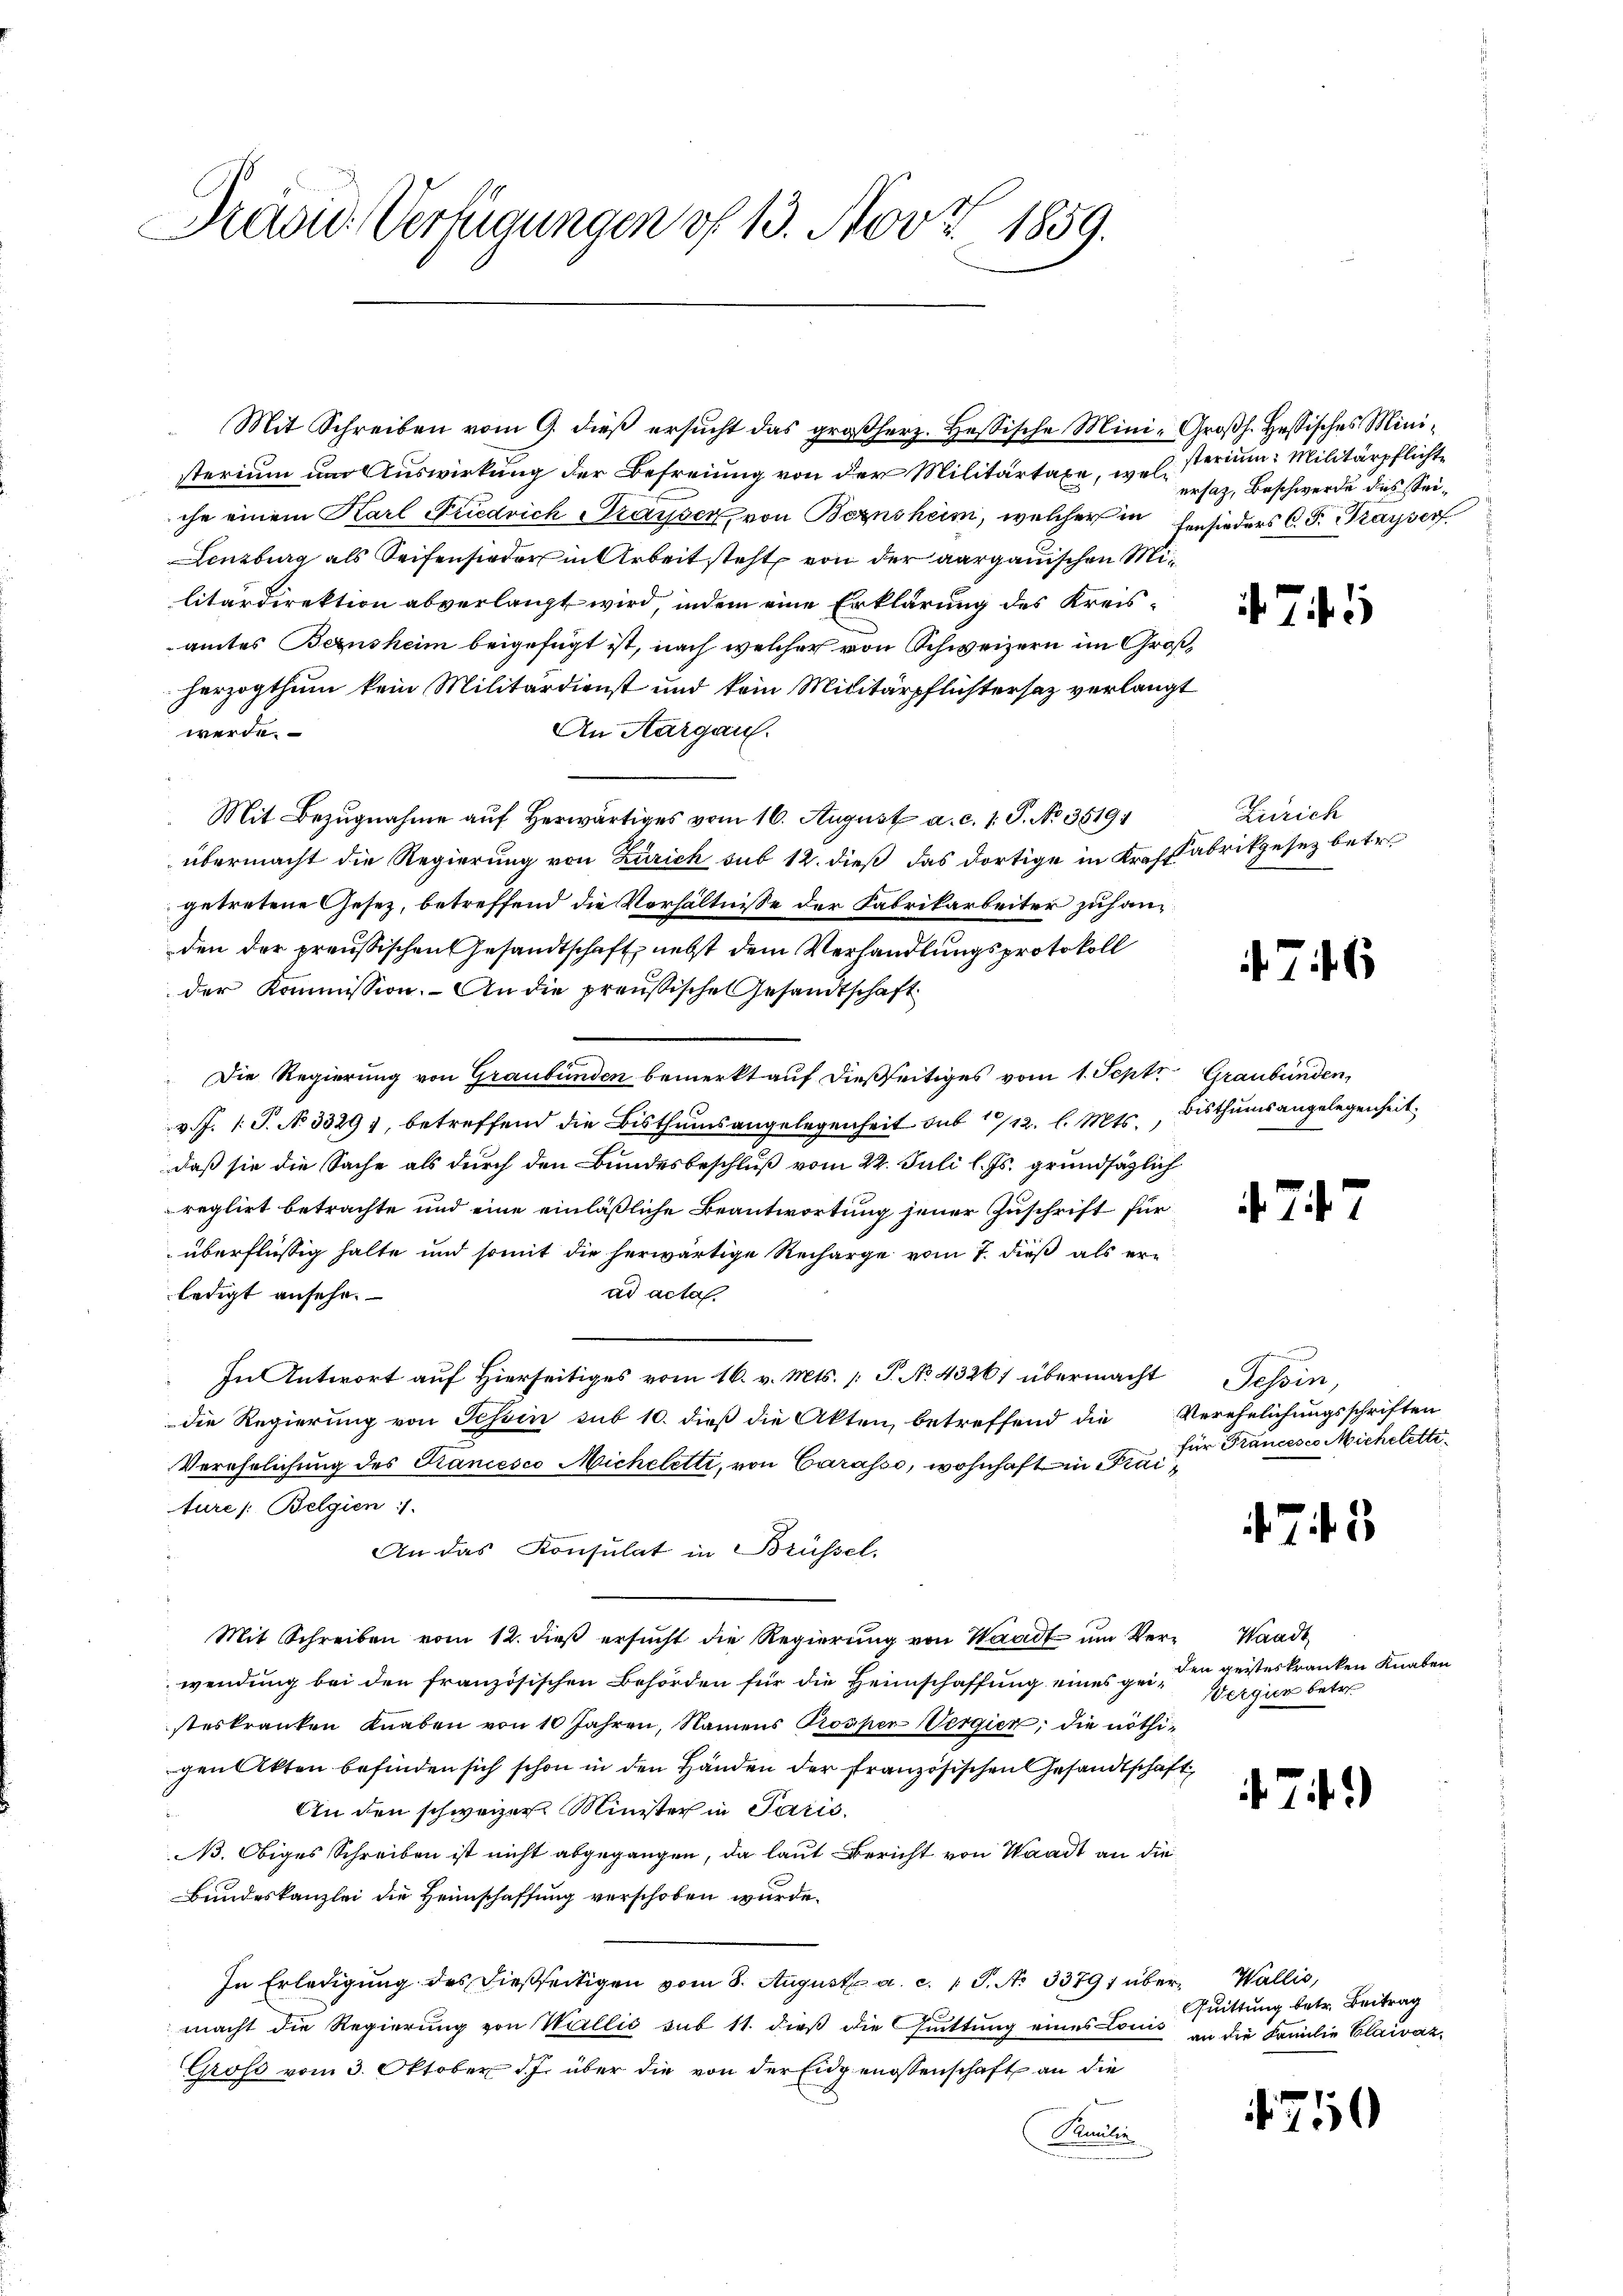
Das Verfügungen of 13. Nov. 1859.

Mit Schreiben vom 9. dieβ ersŭcht das großherz. Hessische Mini-Groβh. Heßisches Ministerium um Auswirkung der Befreiung von der Militärtaxe, welsterium Militärpflichte
che einem Karl Friedrich Srayser von Bernsheim, welcher in Hinsieders C. P. Trayserf
Lenzburg als Seifensieder in Arbeit steht von der aargauischen Militärdirektion abverlangt wird, indem eine Erklärung des Kreisamtes Bernsheim beigefügt ist, nach welcher von Schweizern im Großherzogthum kein Militärdienst und kein Militärpflichtersaz verlangt
An Aargau.
werde.
Mit Bezugnahme aŭf herwärtiges vom 16. August a. c. 1: P. No. 35191
übermacht die Regierung von Zürich sub 12. dieß das dortige in Kraft abrikgesez betr.
getretene Gesetz, betreffend die Verhältnisse der Fabrikarbeiter zu hangden der preussischen Gesandtschaft, nebst dem Verhandlungsprotokoll
der Kommission. An die preußische Gesandtschaft
Die Regierung von Graubünden bemerkt auf dießseitiges vom 1. Sept. Graubünden,
v. J. 1. P. N. 3329), betreffend die Bisthumsangelegenheit sub 1/12. l. Mts.
daß sie die Sache als durch den Bundesbeschluß vom 22. Juli l. Js. grundsätzlich
reglirt betrachte und eine einläßliche Beantwortung jener Zuschrift für
überflüßig halte und somit die herwärtige Recharge vom 7. dieß als erledigt ansehe.
ad acta
In Antwort auf Hierseitiges vom 16. v. Mts. P. No 43267 übermacht Tessin,
die Regierung von Tessin sub 10. dieß die Akten, betreffend die Verehelichungsschriften
Verehrlichung des Kancesco Micheletti, von Carasso, wohnhaft in Fiai
ture /: Belgien 1.
An das Konsulat in Brüssel.
Mit Schreiben vom 12. dieβ ersŭcht die Regierŭng von Waadt ŭm Ver-Waadt
wendung bei den französischen Behörden für die Heimschaffung eines geisteskranken Knaben von 10 Jahren, Namens Prosper-Vergien, die nöthigen Akten befinden sich schon in den Händen der französischen Gesandtschaft,
An den schweizer Minister in Paris.
B. Obiges Schreiben ist nicht abgegangen, da laut Bericht von Waadt an die
Bundeskanzlei die Heimschaffung verschoben würde.
In Erledigung des dießseitigen vom 8. August a. c. 1 S. N. 33791 über Wallis,
macht die Regierung von Wallis sub 11. dieß die Guittung eines Louis in die Familie Claivaz¬
Gross vom 3. Oktober d. J. über die von der Eidgenossenschaft an die
Paulin

ersaz, Beschwerde des Sei¬

741

Zürich

746

Bisthumsangelegenheit.

.247

für Francesco Micheletti¬

75

den geisteskranken Knaben
Wergien betr.

74.)

71

Quittung betr. Beitrag